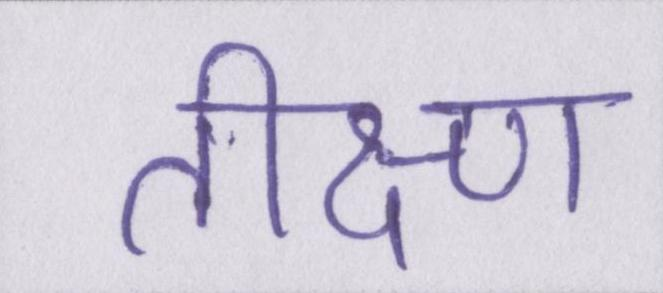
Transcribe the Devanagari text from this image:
तीक्ष्ण